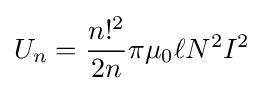
U_{n}={\frac {n!^{2}}{2n}}\pi \mu _{0}\ell N^{2}I^{2}